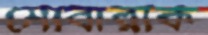
মোবারাক